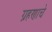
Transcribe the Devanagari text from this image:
ग्रहणाचे